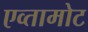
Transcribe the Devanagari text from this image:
एव्तामोट